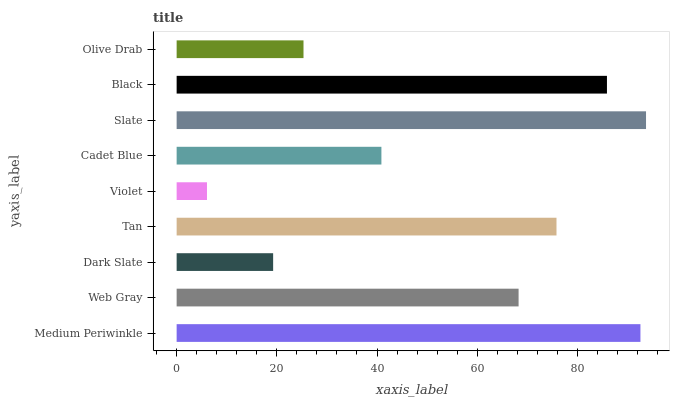
| yaxis_label | bars |
 | --- | --- |
 | Medium Periwinkle | 92.6 |
 | Web Gray | 68.3 |
 | Dark Slate | 19.3 |
 | Tan | 75.8 |
 | Violet | 6.06 |
 | Cadet Blue | 40.9 |
 | Slate | 93.7 |
 | Black | 85.9 |
 | Olive Drab | 25.3 |